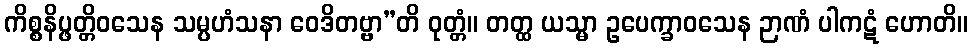
ကိစ္စနိပ္ဖတ္တိဝသေန သမ္ပဟံသနာ ဝေဒိတဗ္ဗာ”တိ ဝုတ္တံ။ တတ္ထ ယသ္မာ ဥပေက္ခာဝသေန ဉာဏံ ပါကဋံ ဟောတိ။